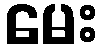
မေး